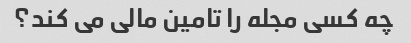
چه کسی مجله را تامین مالی می کند؟